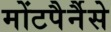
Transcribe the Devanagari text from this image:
मोंटपैर्नैसे